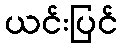
ယင်းပြင်